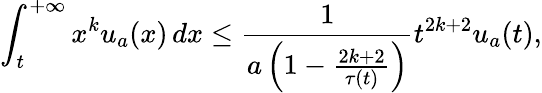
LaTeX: \int_{t}^{+\infty}x^{k}u_{a}(x)\, dx\leq\frac{1}{a\left(1-\frac{2k+2}{\tau(t)}\right)}t^{2k+2}u_{a}(t),